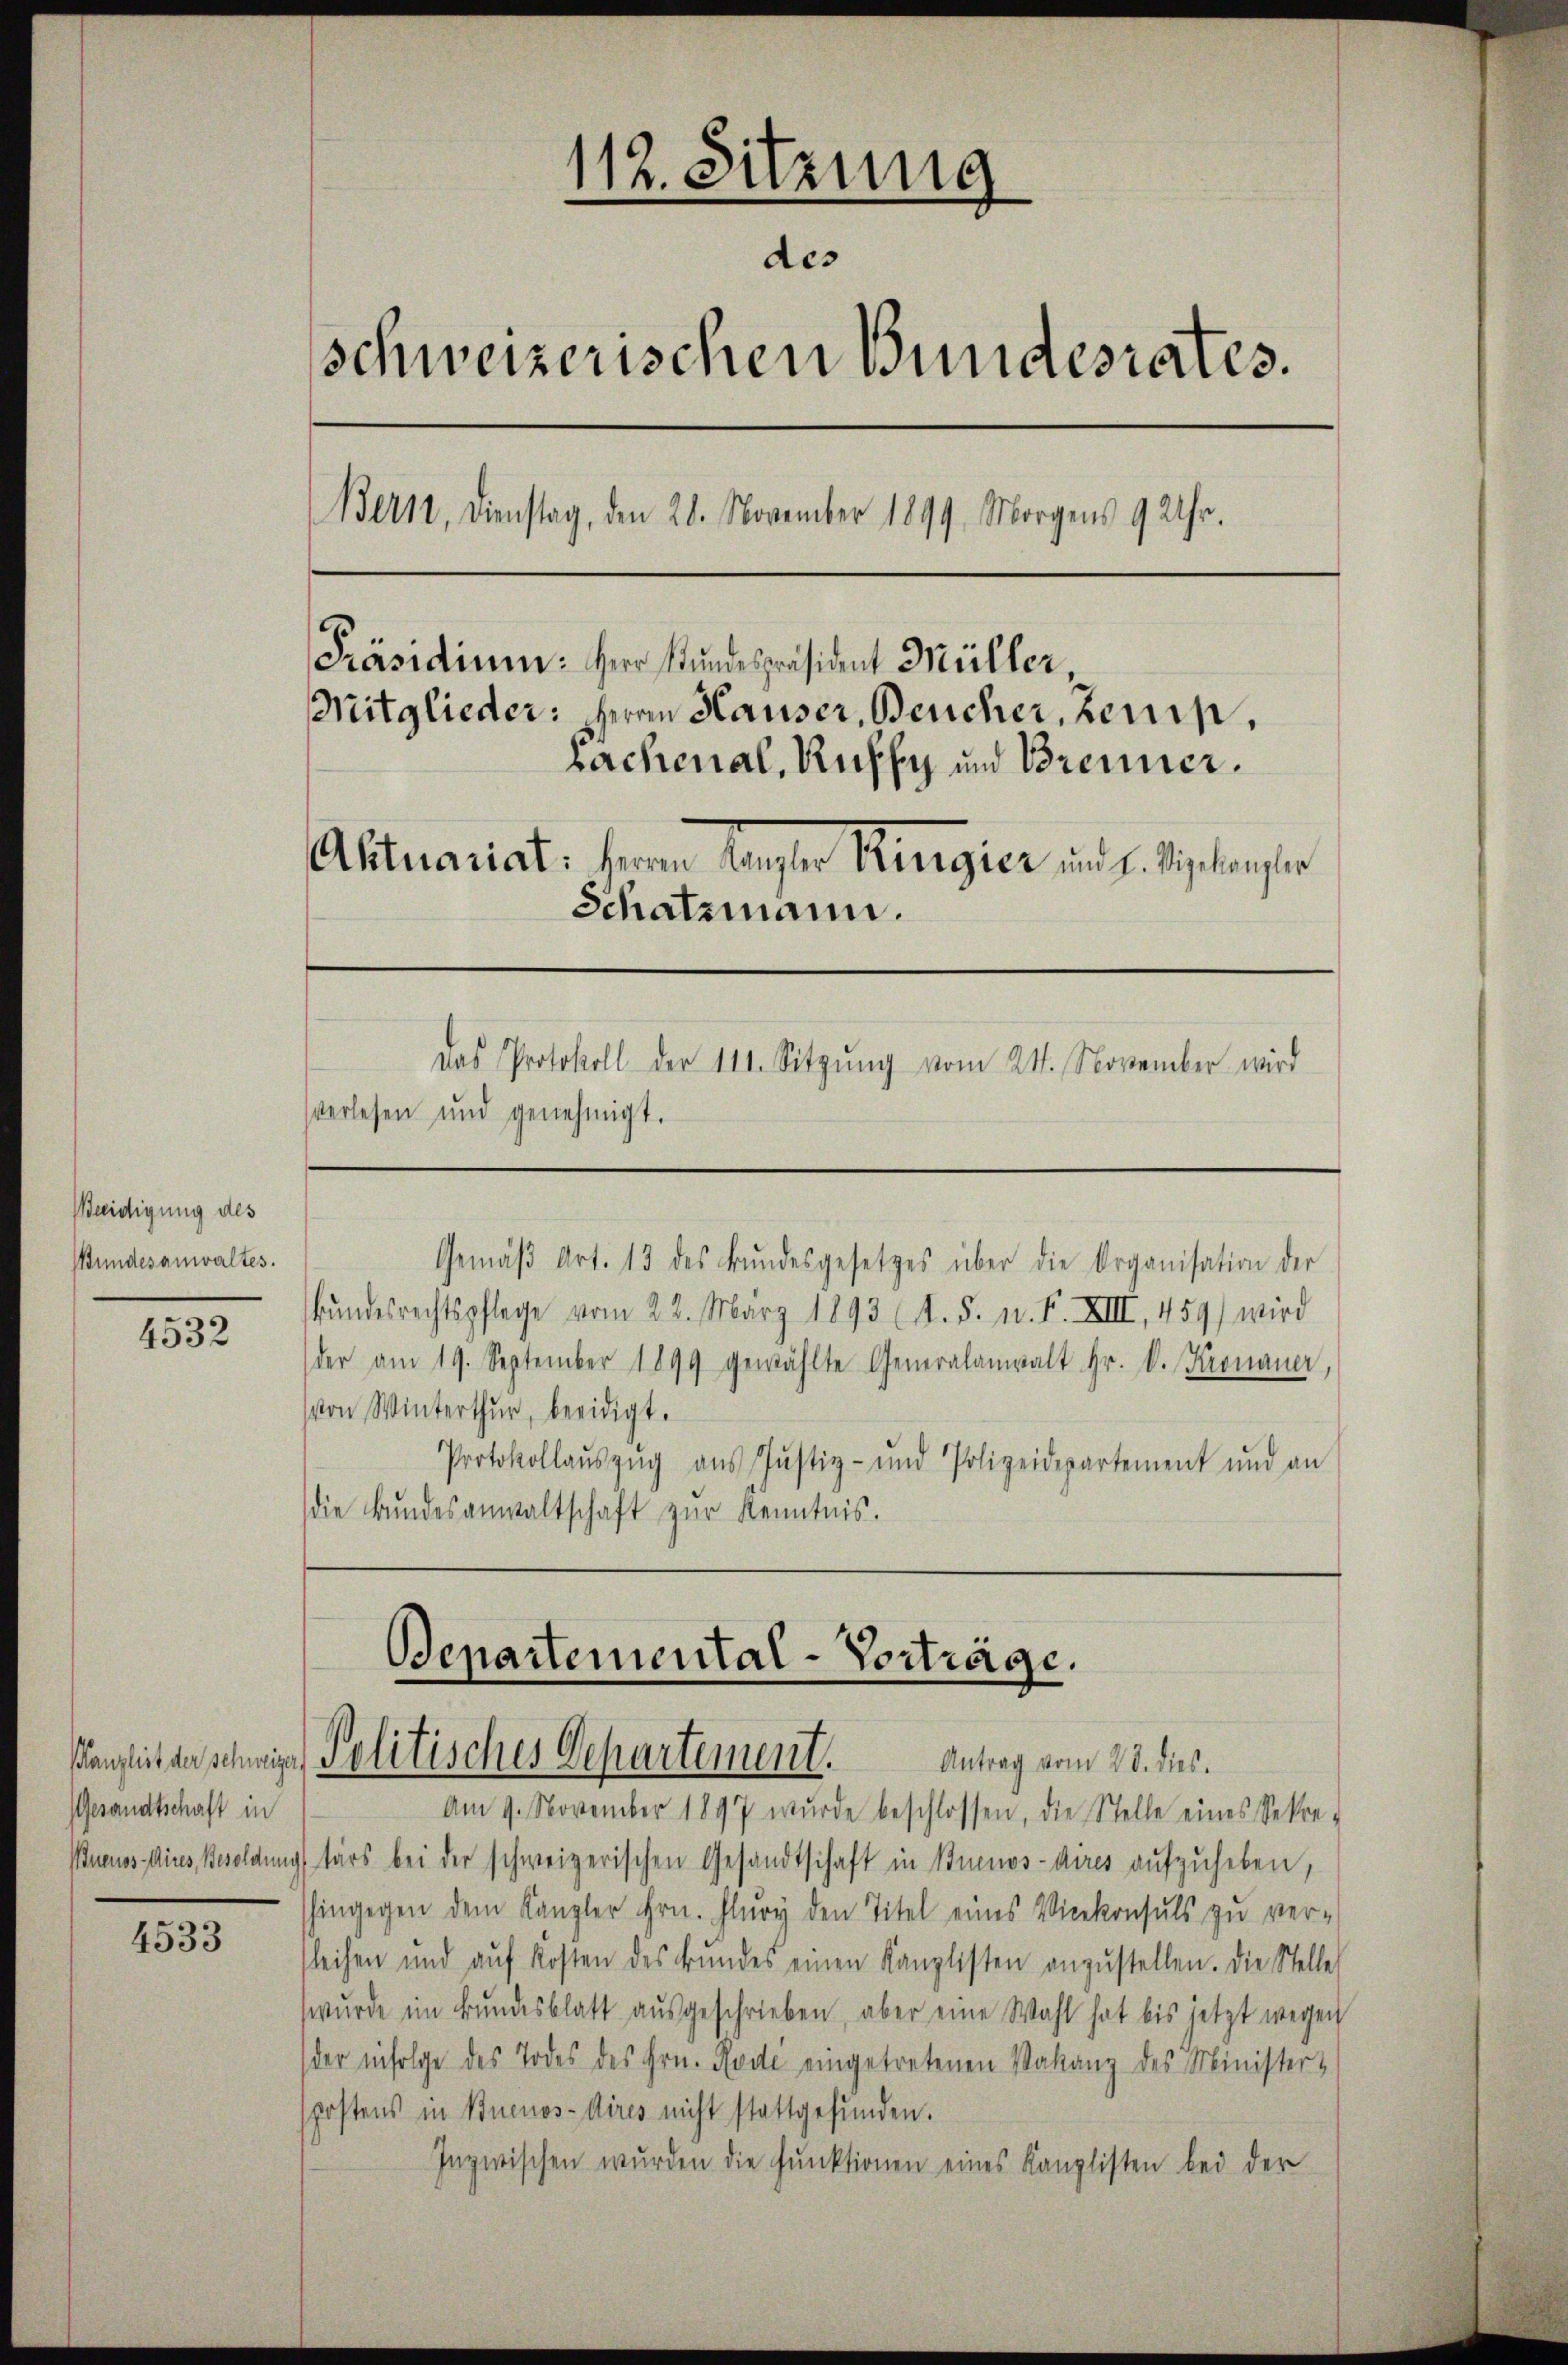
Beeidigung des
Wundesanwaltes.

4532

Gesandtschaft in

4533

112. Sitzung
des
schweizerischen Bundesrates.
Bern, Dienstag, den 20. November 1899 Morgens 9 Uhr.
Präsidium. Herr Stundespräsident Müller,
Mitglieder: Herrn Hauser, Beucher, Zeuis,
bachenal, Ruffe und Brenner.
Aktuariat: Heran Canzler Kurgier und E. Siphongler
Schatzmann.
Das Protokoll der 111. Sitzŭng vom 24. November wird
verlesen und genehmigt.

bŭndesrechtspflege vom 22. März 1893 (A. 5. n. F. XIII, 459) wird
der am 19. September 1899 gewählte Generalanwalt Hr. k. Kronauer,
von Winterthur, beeidigt.
Protokollaŭszŭg aŭs Jŭstiz- und Polizeidepartement und an
die Bundesanwaltschaft zur Kenntnis.

Gemäβ Art. 13 des Bŭndesgesetzes über die Organisation der

Bepartemental-Vorträge.
Wänglich anschweige Politisches Departement. Antrag vom 23. ds.

Am 9. November 1897 wurde beschlossen, die Stelle eines Sekre-
Buenos Aires Besoldung tars bei der schweizerischen Gesandtschaft in Buenos-dires aufzuheben,
hingegen dem Kanzler hrn. Flury den Titel eines Vicekonsuls zŭ ver-
sleihen und aŭf Kosten des Bŭndes einen Kanzlisten anzŭstellen. Die Stelle
wurde im Bundesblatt ausgeschrieben, aber eine Wahl hat bis jetzt wegen
der infolge des Todes des Hrn. Rote eingetretenen Vakanz des Minister-
spostens in Buenos-Aires nicht stattgefunden.
Inzwischen wurden die Funktionen eines Kanzlisten bei der